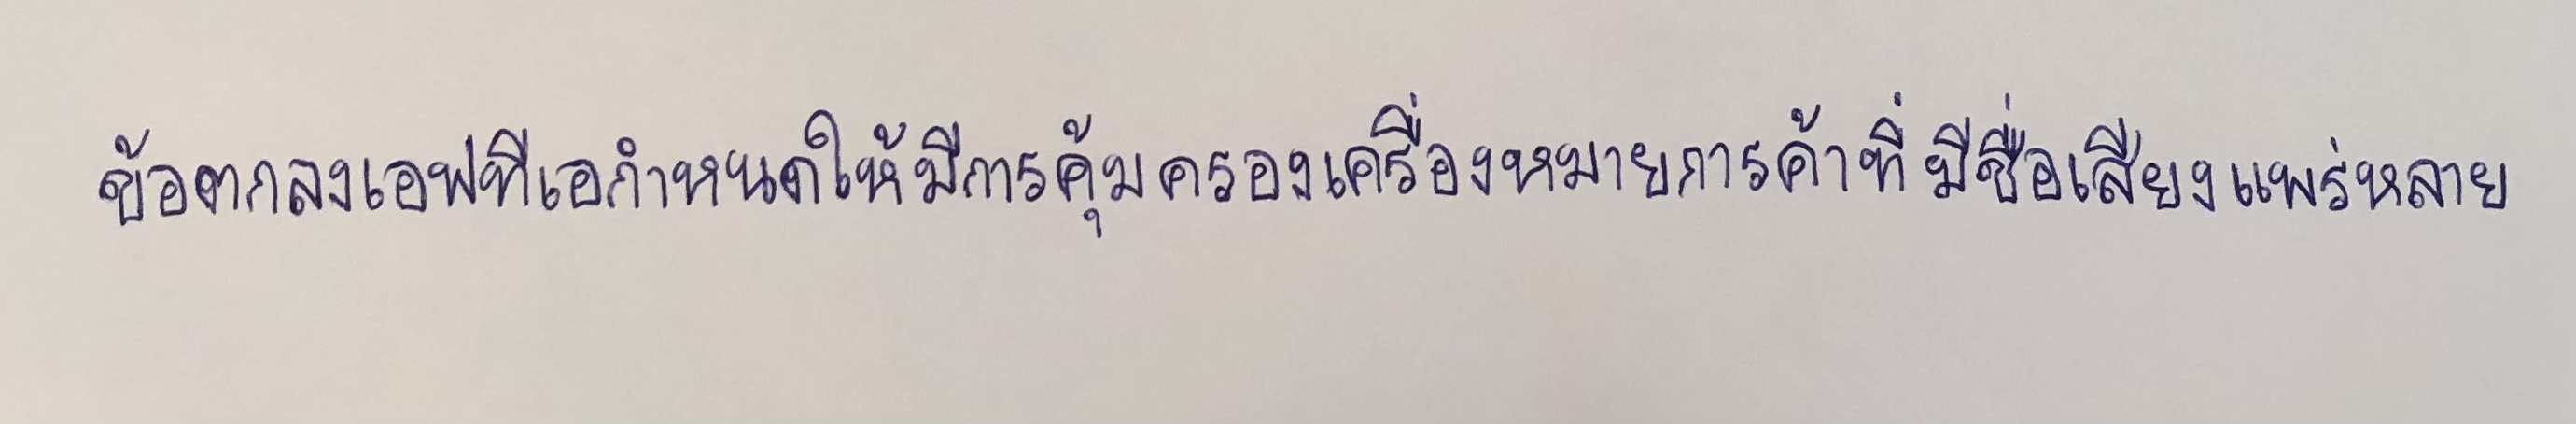
ข้อตกลงเอฟทีเอกำหนดให้มีการคุ้มครองเครื่องหมายการค้าที่มีชื่อเสียงแพร่หลาย